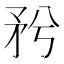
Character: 𥍠